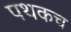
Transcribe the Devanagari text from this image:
पथकच